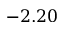
- 2 . 2 0